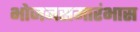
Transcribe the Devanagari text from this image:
भोजनसमारंभास